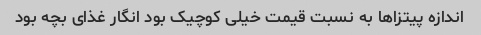
اندازه پیتزاها به نسبت قیمت خیلی کوچیک بود انگار غذای بچه بود